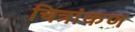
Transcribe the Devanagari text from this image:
चित्रांकण